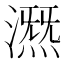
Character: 𣾤